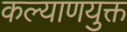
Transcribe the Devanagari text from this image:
कल्याणयुक्त